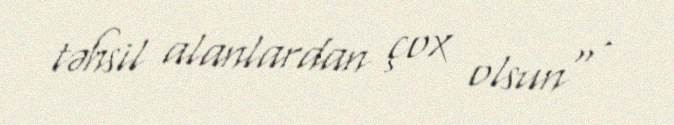
təhsil alanlardan çox olsun" .